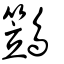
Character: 鷑